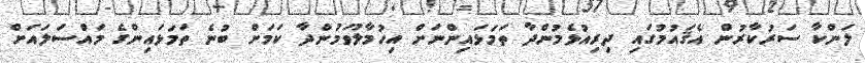
ލަންކާ ސަރުކާރުން އެޤައުމުގައި ދިރިއުޅެމުންދާ ތަމަޅައިންނަށް އިހުމާލުވަމުންދާ ކަމަށް ބުނެ ތަމަޅައިންގެ މައްސަލައަށް